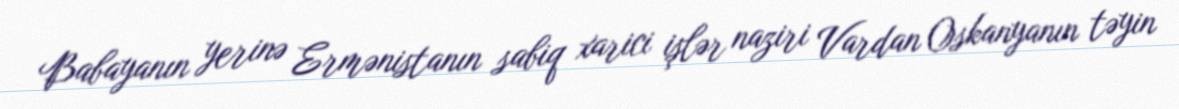
Babayanın yerinə Ermənistanın sabiq xarici işlər naziri Vardan Oskanyanın təyin